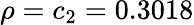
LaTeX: \rho=c_{2}=0.3018